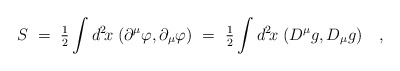
\begin{align*}S~=~{\textstyle{1\over 2}} \int d^2\! x \; (\partial^\mu \varphi , \partial_\mu \varphi) ~=~{\textstyle{1\over 2}} \int d^2\! x \; (D^\mu g , D_\mu g)~~~,\end{align*}